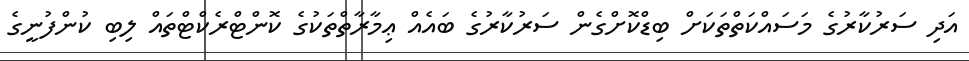
އަދި ސަރުކާރުގެ މަސައްކަތްތަކަށް ބިޑްކޮށްގެން ސަރުކާރުގެ ބައެއް ޢިމާރާތްތަކުގެ ކޮންޓްރެކްޓްތައް ލިބި ކުންފުނީގެ